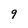
Character: 9